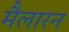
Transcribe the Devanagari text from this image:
मैलारन